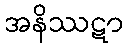
အနိဿဋာ